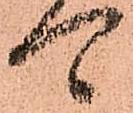
可